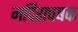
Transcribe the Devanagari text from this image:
मदिराचषक